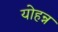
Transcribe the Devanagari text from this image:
योहन्न